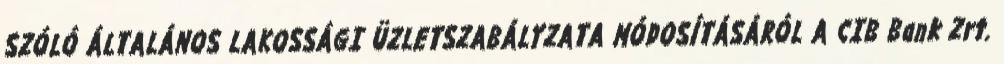
SZÓLÓ ÁLTALÁNOS LAKOSSÁGI ÜZLETSZABÁLYZATA MÓDOSÍTÁSÁRÓL A CIB Bank Zrt.